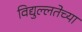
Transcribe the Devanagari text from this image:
विद्युल्लतेच्या